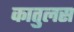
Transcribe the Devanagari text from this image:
कातुलस